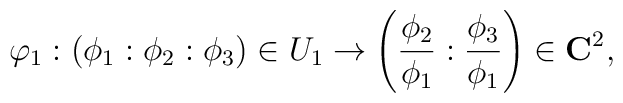
\varphi_1:  (\phi_1:\phi_2:\phi_3) \in U_1 \rightarrow   \left({\phi_2 \over \phi_1}:{\phi_3 \over \phi_1}\right) \in {\bf C}^2,